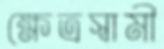
ক্ষেত্রস্বামী